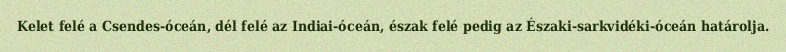
Kelet felé a Csendes-óceán, dél felé az Indiai-óceán, észak felé pedig az Északi-sarkvidéki-óceán határolja.